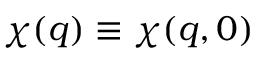
\chi ( \boldsymbol { q } ) \equiv \chi ( \boldsymbol { q } , 0 )